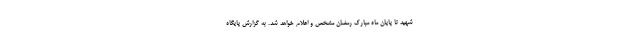
شهید تا پایان ماه مبارک رمضان مشخص و اعلام خواهد شد. به گزارش پایگاه